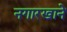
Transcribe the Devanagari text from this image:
नगारखाने